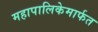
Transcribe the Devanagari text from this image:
महापालिकेमार्फत